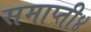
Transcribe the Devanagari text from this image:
समाप्ती४